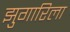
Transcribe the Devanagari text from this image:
झुगारिला